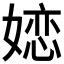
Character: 𱙥